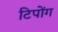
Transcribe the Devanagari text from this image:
टिपोंग